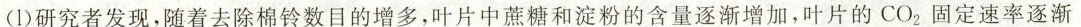
(1)研究者发现，随着去除棉铃数目的增多，叶片中蔗糖和淀粉的含量逐渐增加，叶片的CO_{2}固定速率逐渐